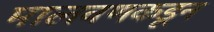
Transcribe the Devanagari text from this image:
मालवणकडून